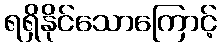
ရရှိနိုင်သောကြောင့်